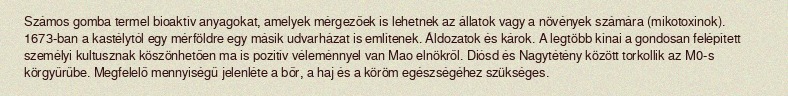
Számos gomba termel bioaktív anyagokat, amelyek mérgezőek is lehetnek az állatok vagy a növények számára (mikotoxinok). 1673-ban a kastélytól egy mérföldre egy másik udvarházat is említenek. Áldozatok és károk. A legtöbb kínai a gondosan felépített személyi kultusznak köszönhetően ma is pozitív véleménnyel van Mao elnökről. Diósd és Nagytétény között torkollik az M0-s körgyűrűbe. Megfelelő mennyiségű jelenléte a bőr, a haj és a köröm egészségéhez szükséges.